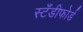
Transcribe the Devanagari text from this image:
स्टँडीफोर्ड